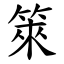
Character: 箂